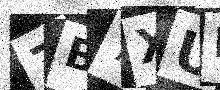
Text: 7B7XUN